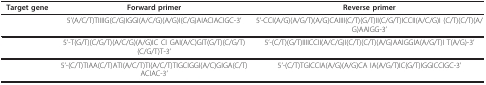
<table><thead><tr><td><b>Target gene</b></td><td><b>Forward primer</b></td><td><b>Reverse primer</b></td></tr></thead><tbody><tr><td>[EMPTY_CELL]</td><td>5'(A/C/T)TIIIIG(C/G)IGGI(A/C/G)(A/G)I(C/G)AIACIACIGC-3'</td><td>5'-CCI(A/G)(A/G/T)(A/G)CAIIII(C/T)(G/T)II(C/G/T)ICCII(A/C/G)I (C/T)(C/T)(A/G)AAIGG-3'</td></tr><tr><td>[EMPTY_CELL]</td><td>5'-T(G/T)(C/G/T)(A/C/G)(A/G)IC CI GAI(A/C)GIT(G/T)(C/G/T) (C/G/T)T-3'</td><td>5'-(C/T)(G/T)IIIICCII(A/C/G)I(C/T)(C/T)(A/G)AAIGGIA(A/G/T)I T(A/G)-3'</td></tr><tr><td>[EMPTY_CELL]</td><td>5'-(C/T)TIAA(C/T)ATI(A/C/T)TI(A/C/T)TIGCIGGI(A/C)GIGA(C/T)ACIAC-3'</td><td>5'-(C/T)TGICCIA(A/G)(A/G)CA IA(A/G/T)IC(G/T)IGGICCIGC-3'</td></tr></tbody></table>